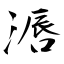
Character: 滣